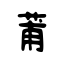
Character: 莆